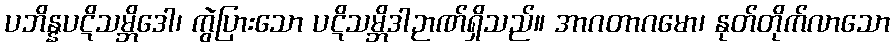
ပဘိန္နပဋိသမ္ဘိဒေါ၊ ကွဲပြားသော ပဋိသမ္ဘိဒါဉာဏ်ရှိသည်။ အာဂတာဂမော၊ နုတ်တိုက်လာသော